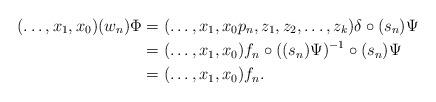
LaTeX: \begin{align*} (\ldots, x_1, x_0)(w_n) \Phi &= (\ldots, x_1, x_0p_n,z_1, z_2, \ldots, z_k) \delta \circ (s_n)\Psi \\ &= (\ldots, x_1, x_0)f_n \circ ((s_n)\Psi)^{-1} \circ (s_n) \Psi\\ &= (\ldots, x_1, x_0)f_n. \end{align*}